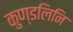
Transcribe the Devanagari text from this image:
कुण्डलिनि